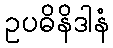
ဥပဓိနိဒါနံ